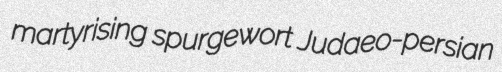
martyrising spurgewort Judaeo-persian